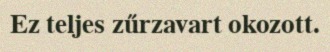
Ez teljes zűrzavart okozott.